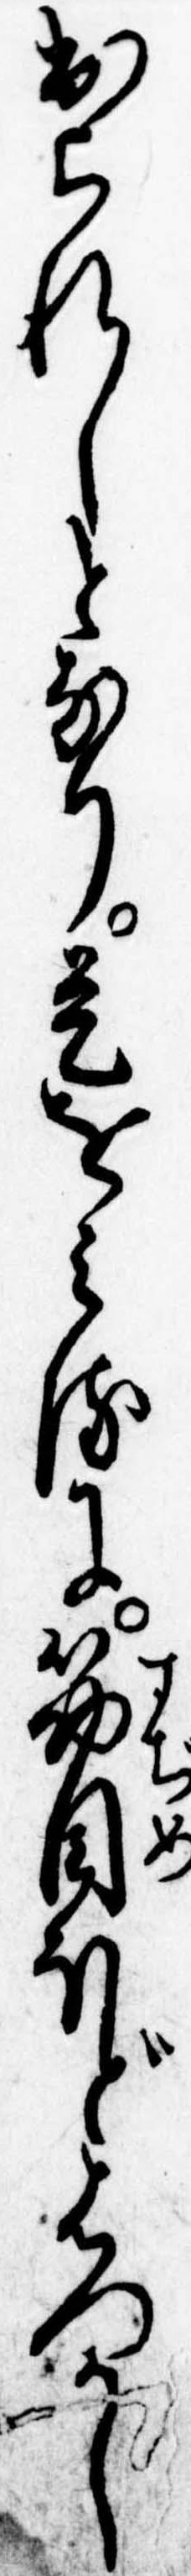
出られしとなり是をみるに筋目ほどはつかし